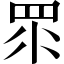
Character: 眔